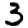
Digit: 3